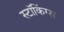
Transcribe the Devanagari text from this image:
स्टॉकिंग्स